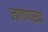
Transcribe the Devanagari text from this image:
लागणाऱया